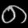
Digit: ၈